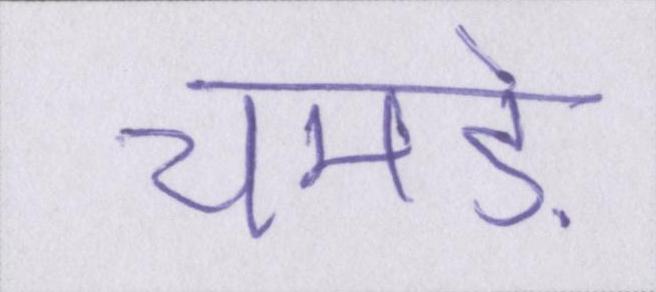
चमड़े